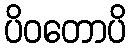
ပိဝတောပိ